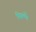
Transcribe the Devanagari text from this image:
फिल्में।